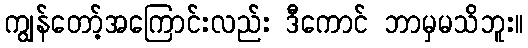
ကျွန်တော့်အကြောင်းလည်း ဒီကောင် ဘာမှမသိဘူး။